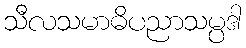
သီလသမာဓိပညာသမ္ပဒါ